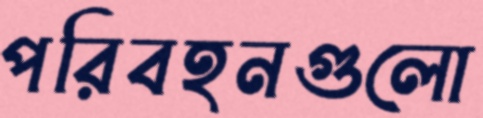
পরিবহনগুলো